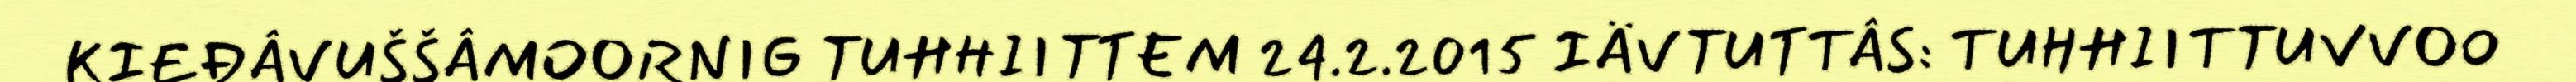
KIEĐÂVUŠŠÂMOORNIG TUHHIITTEM 24.2.2015 IÄVTUTTÂS: TUHHIITTUVVOO